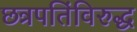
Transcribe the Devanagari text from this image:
छत्रपतिंविरुद्ध